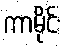
ကာမိုင်း